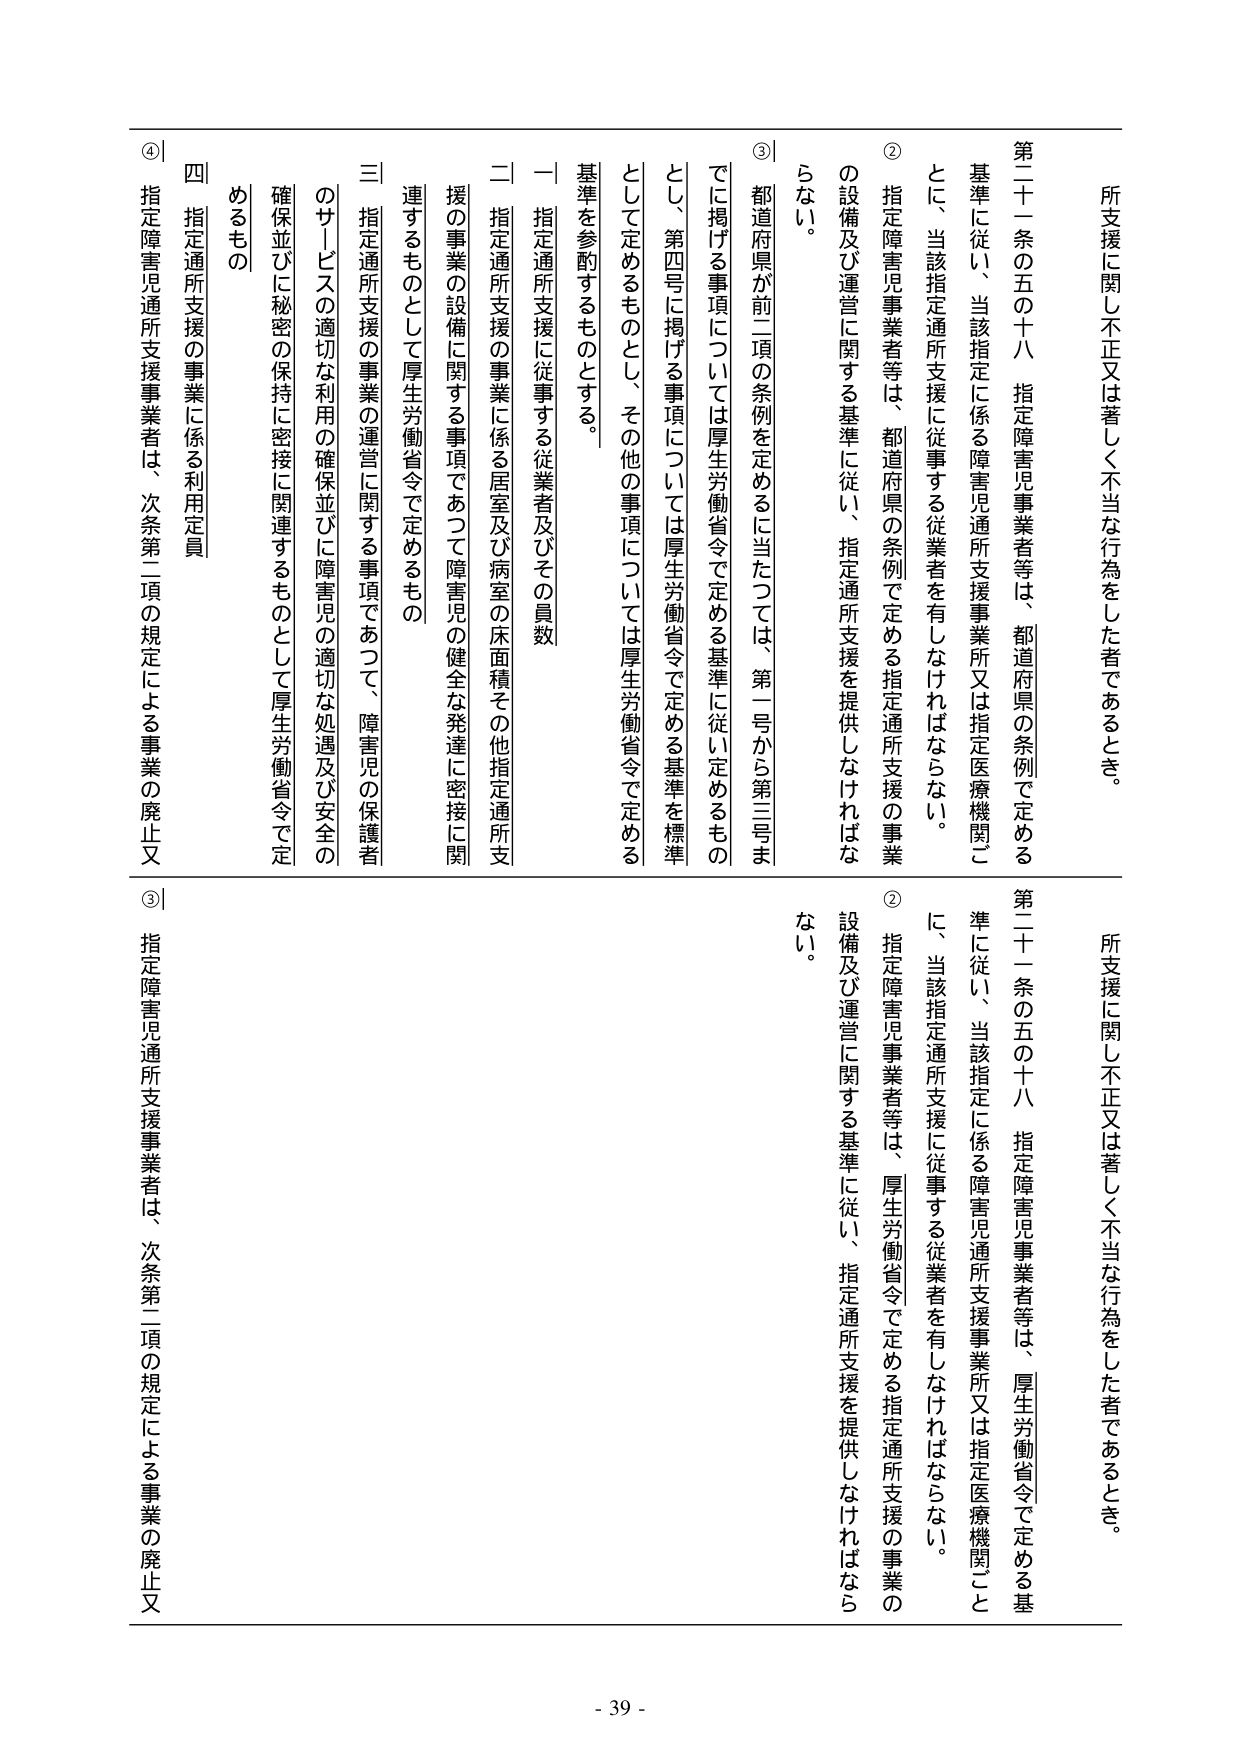
所支援に関して不正又は著しく不当な行為をした者であるとき。

第二十一条の五の十八 指定障害児事業者等は、都道府県の条例で定める基準に従い、当該指定に係る障害児通所支援事業所又は指定医療機関ごとに、当該指定通所支援に従事する従業者を有しなければならない。

② 指定障害児事業者等は、都道府県の条例で定める指定通所支援の事業の設備及び運営に関する基準に従い、指定通所支援を提供しなければならない。

③ 都道府県が前二項の条例を定めるに当たっては、第一号から第三号までに掲げる事項については厚生労働省令で定める基準に従い定めるものとし、第四号に掲げる事項については厚生労働省令で定める基準を標準として定めるものとし、その他の事項については厚生労働省令で定める基準を参酌するものとする。

一 指定通所支援に従事する従業者及びその員数

二 指定通所支援の事業に係る居室及び病室の床面積その他指定通所支援の事業の設備に関する事項であつて障害児の健全な発達に密接に関連するものとして厚生労働省令で定めるもの

三 指定通所支援の事業の運営に関する事項であつて、障害児の保護者のサービスの適切な利用の確保並びに障害児の適切な処遇及び安全の確保並びに秘密の保持に密接に関連するものとして厚生労働省令で定めるもの

四 指定通所支援の事業に係る利用定員

④ 指定障害児通所支援事業者は、次条第二項の規定による事業の廃止又

所支援に関して不正又は著しく不当な行為をした者であるとき。

第二十一条の五の十八 指定障害児事業者等は、厚生労働省令で定める基準に従い、当該指定に係る障害児通所支援事業所又は指定医療機関ごとに、当該指定通所支援に従事する従業者を有しなければならない。

② 指定障害児事業者等は、厚生労働省令で定める指定通所支援の事業の設備及び運営に関する基準に従い、指定通所支援を提供しなければならない。

③ 指定障害児通所支援事業者は、次条第二項の規定による事業の廃止又

- 39 -